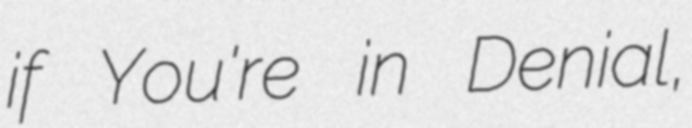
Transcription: if You're in Denial,